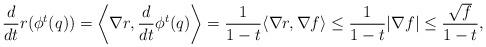
LaTeX: \begin{align*}\frac{d}{dt}r(\phi^t(q)) &=\left\langle \nabla r,\frac{d}{dt}\phi^{t}(q) \right\rangle=\frac{1}{1-t}\langle \nabla r, \nabla f \rangle \le \frac{1}{1-t} |\nabla f| \le \frac{\sqrt{f}}{1-t}, \end{align*}